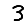
Digit: 3